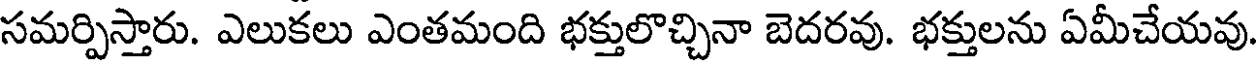
సమర్పిస్తారు. ఎలుకలు ఎంతమంది భక్తులొచ్చినా బెదరవు. భక్తులను ఏమీచేయవు.